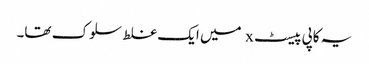
یہ کاپی پیسٹ x میں ایک غلط سلوک تھا۔